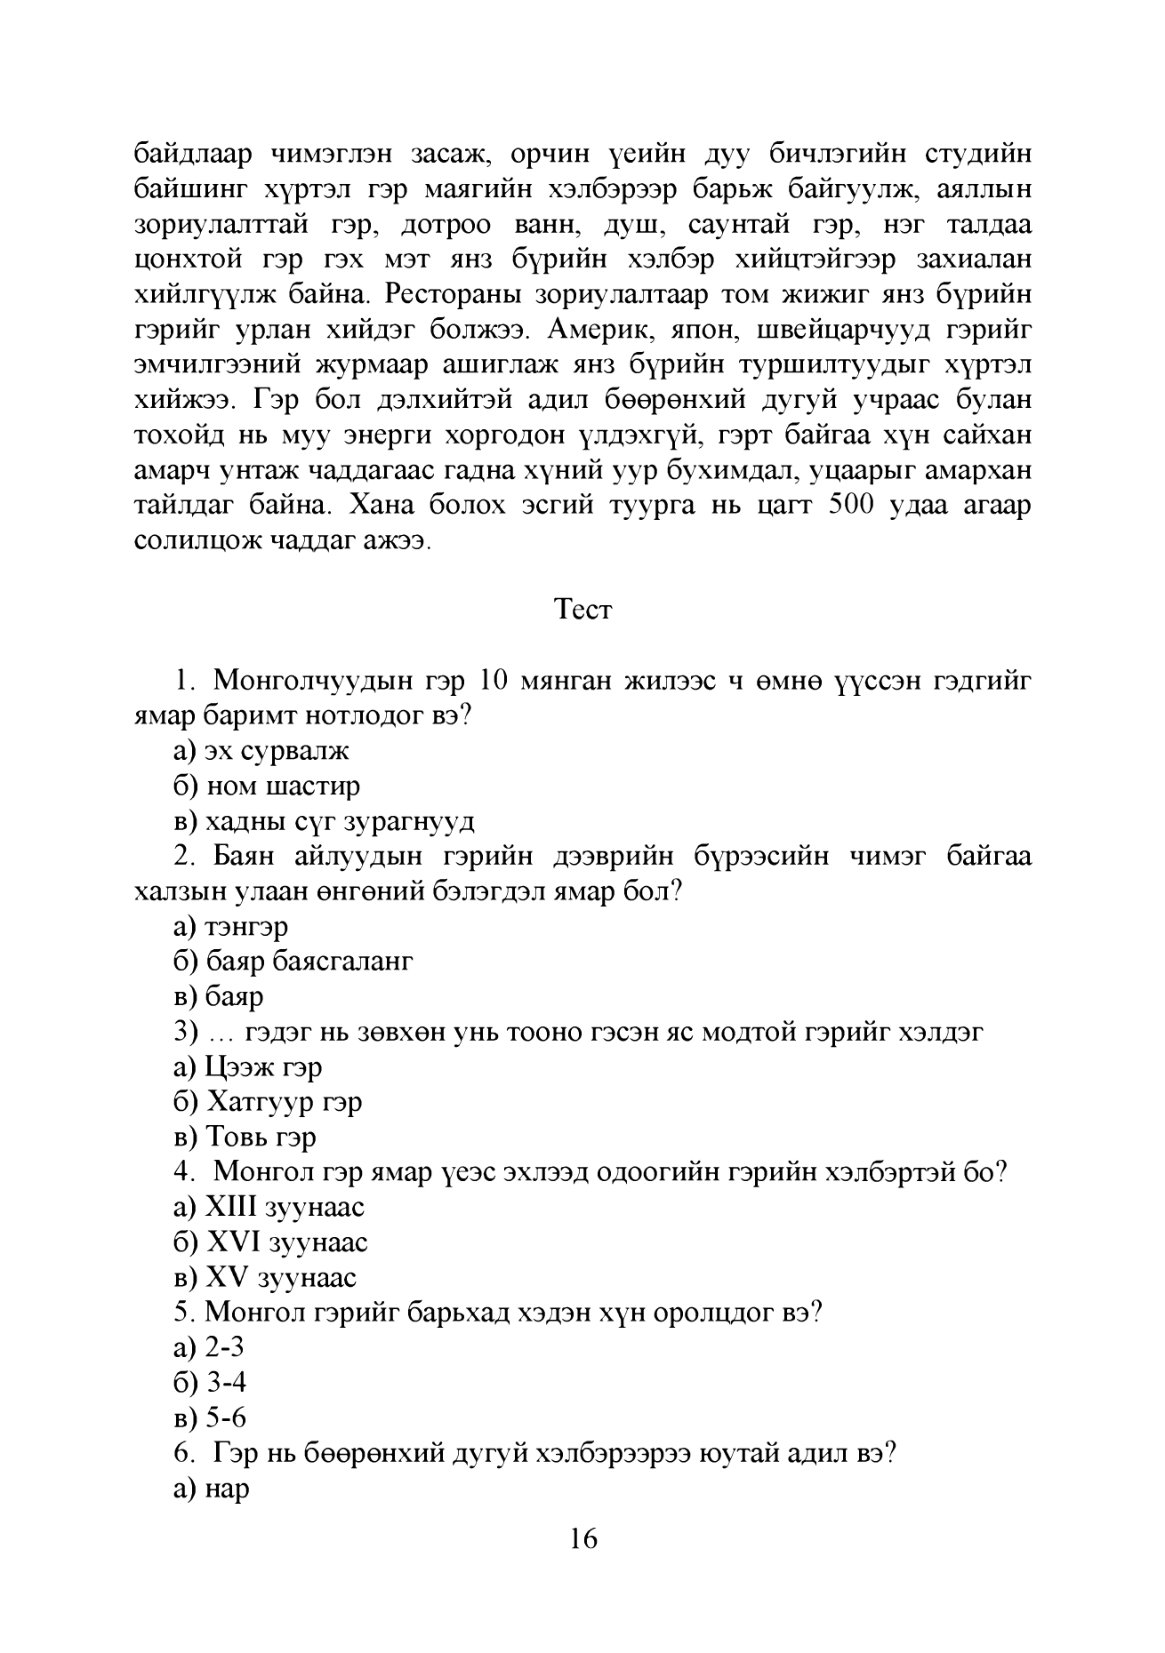
Language: mn